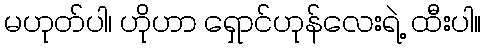
မဟုတ်ပါ၊ ဟိုဟာ ရှောင်ဟုန်လေးရဲ့ ထီးပါ။